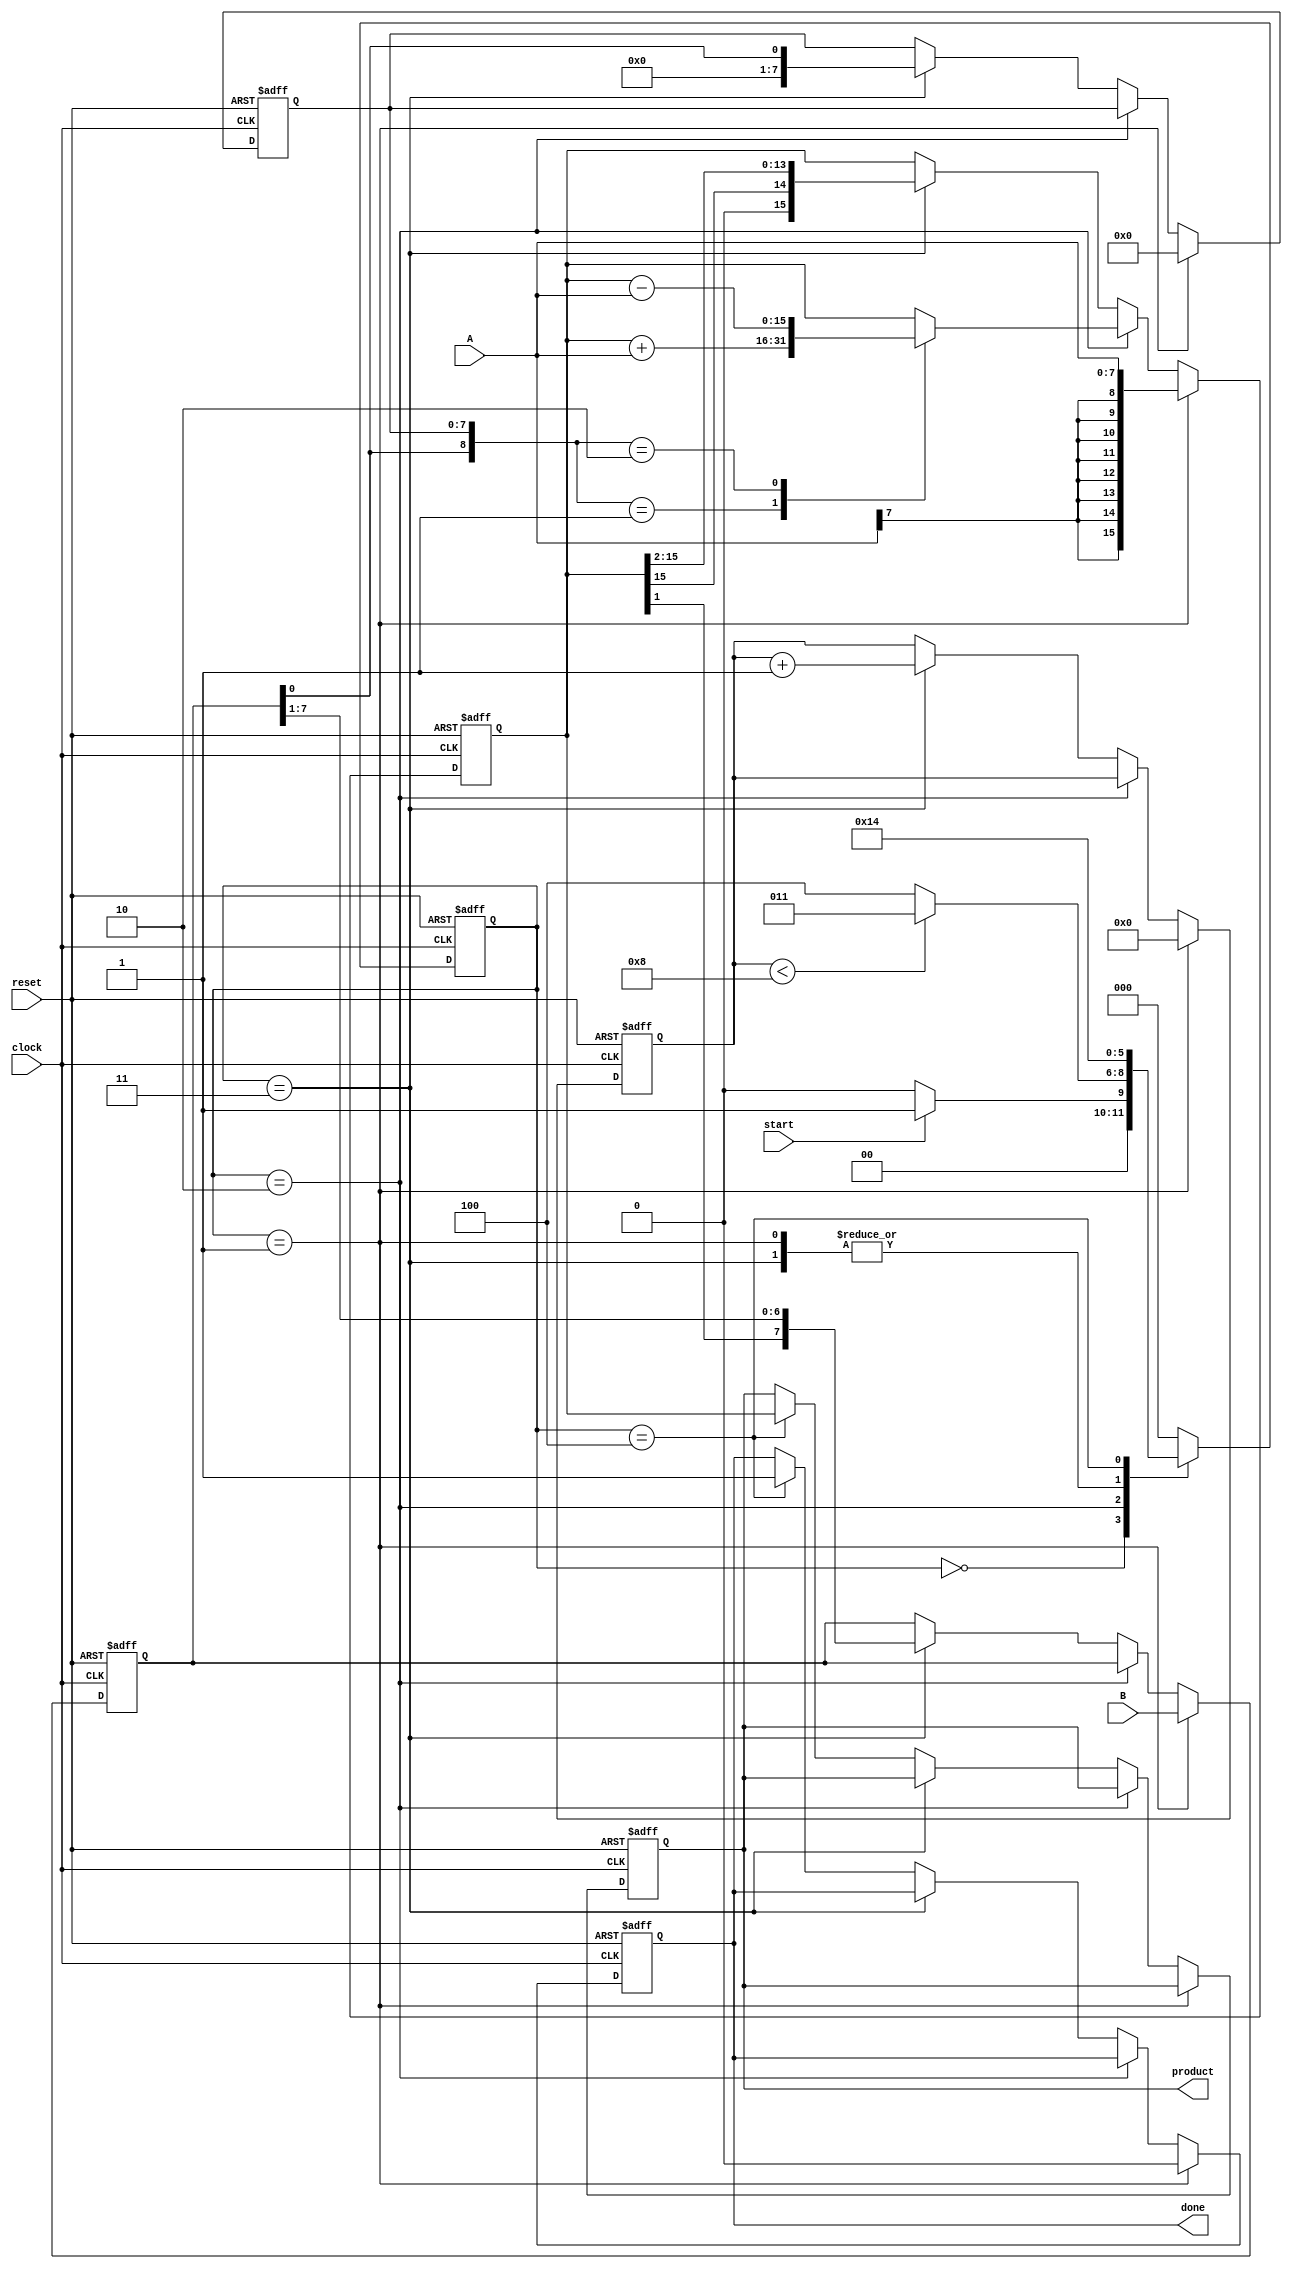
module booth_multiplier #(
    parameter WIDTH_A = 8, // Width of multiplicand
    parameter WIDTH_B = 8  // Width of multiplier
)(
    input signed [WIDTH_A-1:0] A, // Multiplicand
    input signed [WIDTH_B-1:0] B, // Multiplier
    input start,                   // Start signal
    input clock,                  // Clock signal
    input reset,                  // Reset signal
    output reg [WIDTH_A + WIDTH_B - 1:0] product, // Product output
    output reg done               // Done signal
);

    // Internal registers
    reg signed [WIDTH_A + WIDTH_B - 1:0] P; // Accumulator
    reg signed [WIDTH_B-1:0] Q;              // Multiplier
    reg [WIDTH_B-1:0] Q_1;                   // Previous bit of Q
    reg [3:0] count;                         // Count for iterations
    reg [2:0] state;                         // FSM state
    reg [2:0] next_state;                    // Next state

    // State encoding
    localparam IDLE = 3'b000,
               LOAD = 3'b001,
               CALC = 3'b010,
               SHIFT = 3'b011,
               DONE = 3'b100;

    // Sequential logic for state transitions and output generation
    always @(posedge clock or posedge reset) begin
        if (reset) begin
            P <= 0;
            Q <= 0;
            Q_1 <= 0;
            count <= 0;
            product <= 0;
            done <= 0;
            state <= IDLE;
        end else begin
            state <= next_state;
            if (state == LOAD) begin
                P <= A; // Load multiplicand
                Q <= B; // Load multiplier
                Q_1 <= 0; // Initialize Q_1 to 0
                count <= 0; // Reset count
                done <= 0; // Clear done signal
            end else if (state == CALC) begin
                // Perform Booth's algorithm
                case ({Q[0], Q_1})
                    2'b01: P <= P + A; // Add multiplicand
                    2'b10: P <= P - A; // Subtract multiplicand
                    default: ; // Do nothing
                endcase
            end else if (state == SHIFT) begin
                // Arithmetic right shift
                {P, Q} <= {P[WIDTH_A + WIDTH_B - 1], P[WIDTH_A + WIDTH_B - 1:1], Q[WIDTH_B-1:1]};
                Q_1 <= Q[0]; // Update Q_1
                count <= count + 1; // Increment count
            end else if (state == DONE) begin
                product <= P; // Load final product
                done <= 1; // Set done signal
            end
        end
    end

    // Combinational logic for next state logic
    always @(*) begin
        case (state)
            IDLE: begin
                if (start) begin
                    next_state = LOAD;
                end else begin
                    next_state = IDLE;
                end
            end
            LOAD: begin
                next_state = CALC;
            end
            CALC: begin
                if (count < WIDTH_B) begin
                    next_state = SHIFT;
                end else begin
                    next_state = DONE;
                end
            end
            SHIFT: begin
                next_state = CALC;
            end
            DONE: begin
                next_state = DONE; // Stay in DONE state
            end
            default: next_state = IDLE; // Default to IDLE
        endcase
    end

endmodule